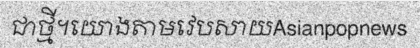
ជាថ្មី។យោងតាមវេបសាយAsianpopnews